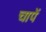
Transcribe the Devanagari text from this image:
चापें